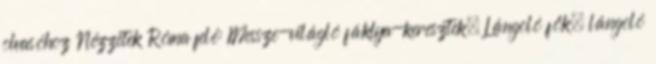
olvasóhoz Nézzetek Róma felé: Messze-világló fáklya-keresztek. Lángoló fők, lángoló